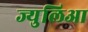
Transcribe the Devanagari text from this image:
ज्युलिआ